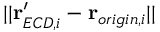
| | \mathbf { r } _ { E C D , i } ^ { \prime } - \mathbf { r } _ { o r i g i n , i } | |